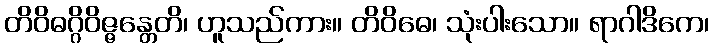
တိဝိဓဂ္ဂိဝိဇ္ဇန္တေတိ၊ ဟူသည်ကား။ တိဝိဓေ၊ သုံးပါးသော။ ရာဂါဒိကေ၊